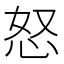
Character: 怒